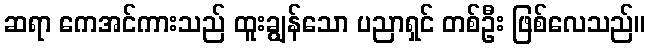
ဆရာ ကေအင်ကားသည် ထူးချွန်သော ပညာရှင် တစ်ဦး ဖြစ်လေသည်။